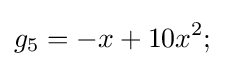
g_{5}=-x+10x^{2};